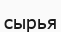
сырья